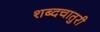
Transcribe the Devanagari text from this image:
शब्दचातुरी